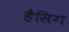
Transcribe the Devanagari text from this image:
हैसिग